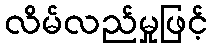
လိမ်လည်မှုဖြင့်